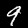
Digit: 9